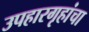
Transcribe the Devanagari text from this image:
उपहारगृहांचा